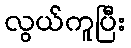
လွယ်ကူပြီး